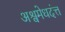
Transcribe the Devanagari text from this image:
अश्वमेधदंत्त